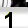
Digit: 1